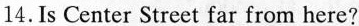
14. Is Center Street far from here?